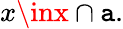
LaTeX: x\inx\cap\mathtt{a}.